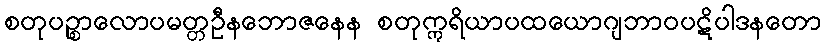
စတုပဉ္စာလောပမတ္တဦနဘောဇနေန စတုဣရိယာပထယောဂျဘာဝပဋိပါဒနတော